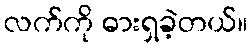
လက်ကို ဓားရှခဲ့တယ်။